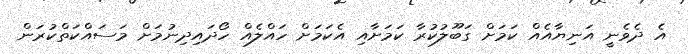
އެ ދެވެނީ އަނިޔާއެއް ކަމަށް ގަބޫލުކުރާ ކަމަށާއި އެކަމަށް ހައްލެއް ހޯދައިދިނުމަށް މަސައްކަތްކުރަން